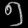
Digit: ၅